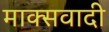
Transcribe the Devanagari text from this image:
माक्सवादी